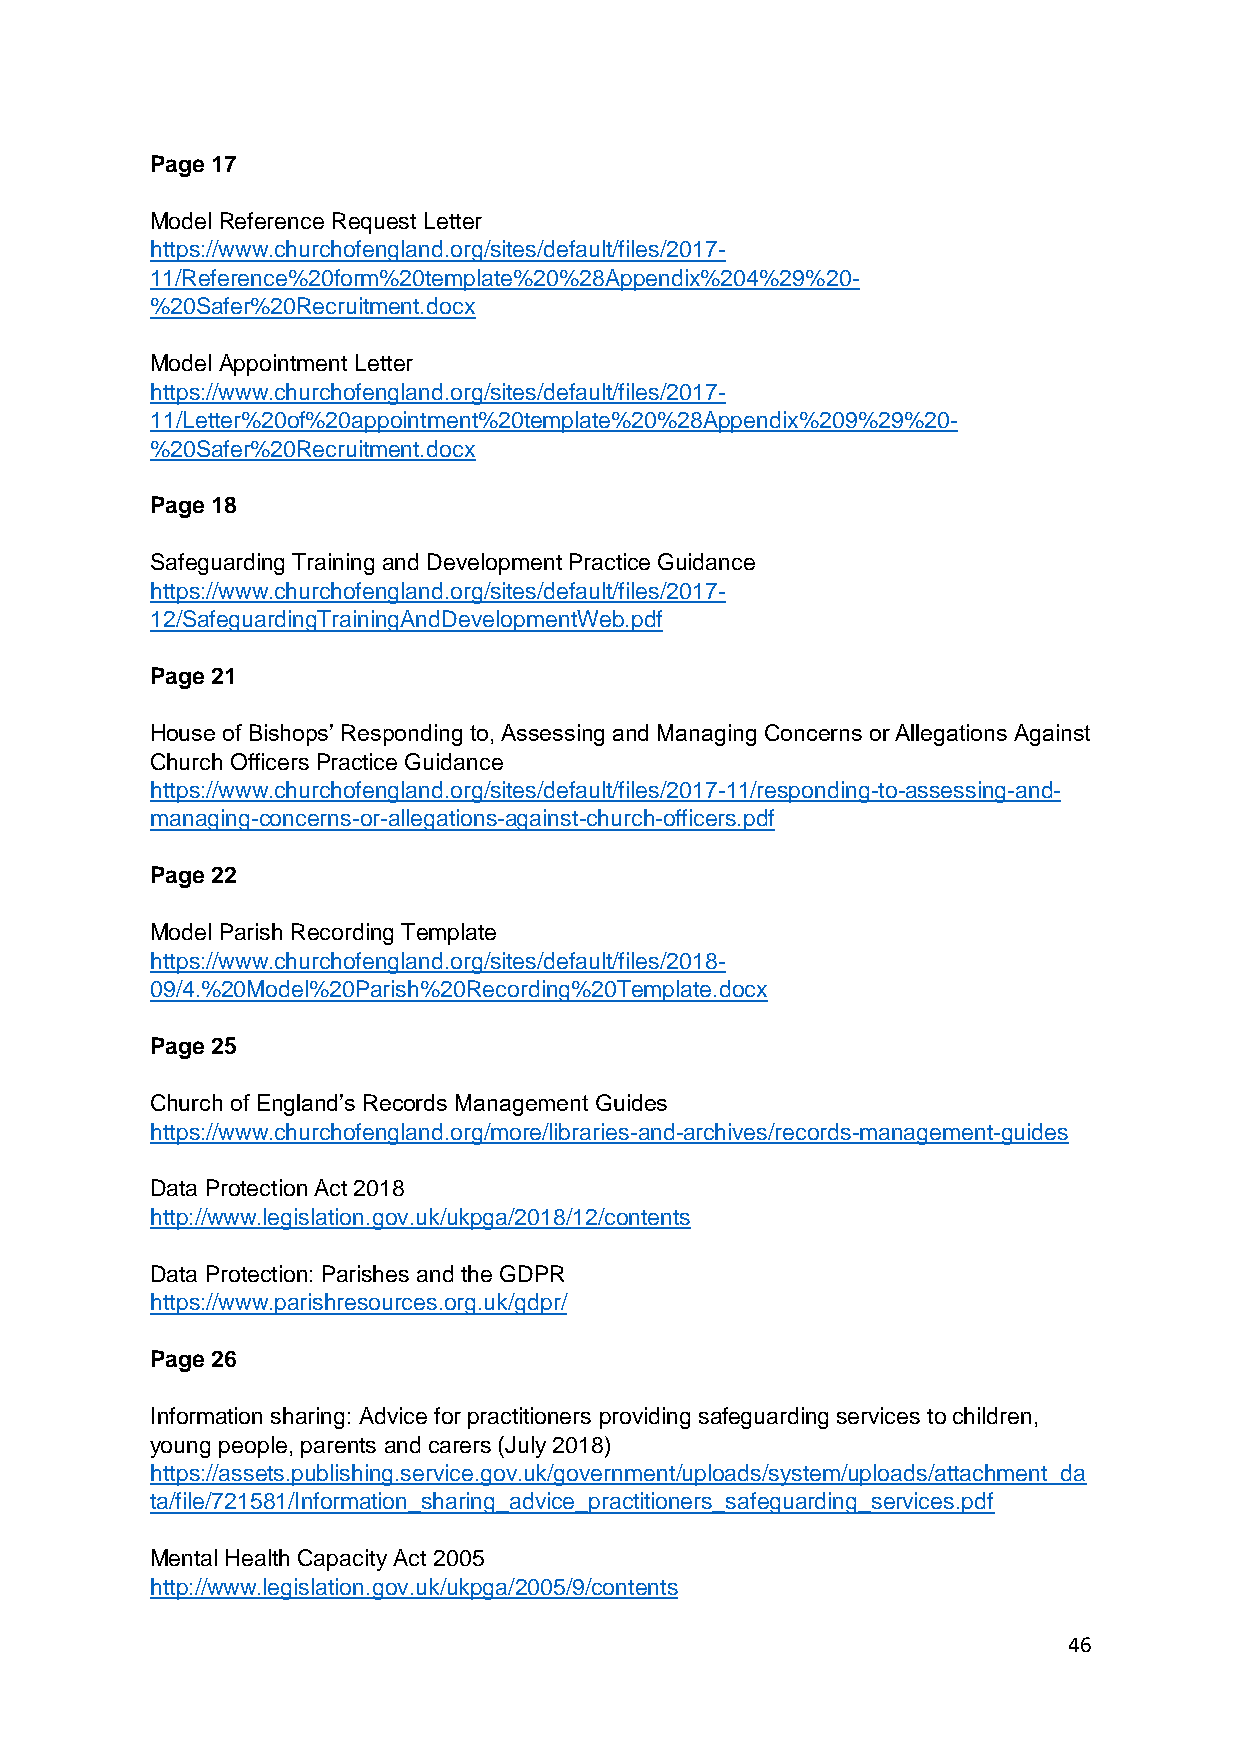
Page 17
 Model Reference Request Letter
 https://www.churchofengland.org/sites/default/files/2017-
 11/Reference%20form%20template%20%28Appendix%204%29%20-
 %20Safer%20Recruitment.docx
 Model Appointment Letter
 https://www.churchofengland.org/sites/default/files/2017-
 11/Letter%20of%20appointment%20template%20%28Appendix%209%29%20-
 %20Safer%20Recruitment.docx
 Page 18
 Safeguarding Training and Development Practice Guidance
 https://www.churchofengland.org/sites/default/files/2017-
 12/SafeguardingTrainingAndDevelopmentWeb.pdf
 Page 21
 House of Bishops’ Responding to, Assessing and Managing Concerns or Allegations Against
 Church Officers Practice Guidance
 https://www.churchofengland.org/sites/default/files/2017-11/responding-to-assessing-and-
 managing-concerns-or-allegations-against-church-officers.pdf
 Page 22
 Model Parish Recording Template
 https://www.churchofengland.org/sites/default/files/2018-
 09/4.%20Model%20Parish%20Recording%20Template.docx
 Page 25
 Church of England’s Records Management Guides
 https://www.churchofengland.org/more/libraries-and-archives/records-management-guides
 Data Protection Act 2018
 http://www.legislation.gov.uk/ukpga/2018/12/contents
 Data Protection: Parishes and the GDPR
 https://www.parishresources.org.uk/gdpr/
 Page 26
 Information sharing: Advice for practitioners providing safeguarding services to children,
 young people, parents and carers (July 2018)
 https://assets.publishing.service.gov.uk/government/uploads/system/uploads/attachment_da
 ta/file/721581/Information_sharing_advice_practitioners_safeguarding_services.pdf
 Mental Health Capacity Act 2005
 http://www.legislation.gov.uk/ukpga/2005/9/contents
 46